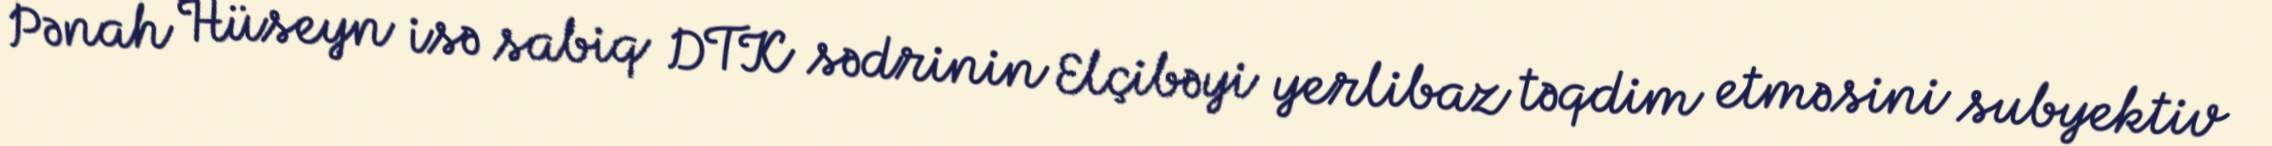
Pənah Hüseyn isə sabiq DTK sədrinin Elçibəyi yerlibaz təqdim etməsini subyektiv